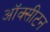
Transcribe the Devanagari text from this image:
ऑक्सीटन